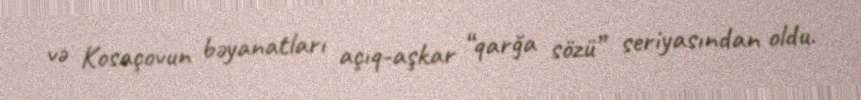
və Kosaçovun bəyanatları açıq-aşkar “qarğa sözü” seriyasından oldu.